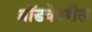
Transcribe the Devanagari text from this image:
ब्रॉडवेवरील